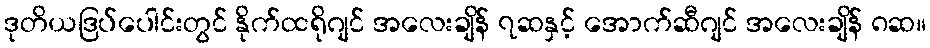
ဒုတိယဒြပ်ပေါင်းတွင် နိုက်ထရိုဂျင် အလေးချိန် ၇ဆနှင့် အောက်ဆီဂျင် အလေးချိန် ၈ဆ။